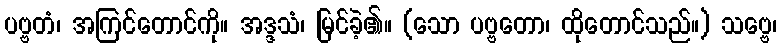
ပဗ္ဗတံ၊ အကြင်တောင်ကို။ အဒ္ဒသံ၊ မြင်ခဲ့၏။ (သော ပဗ္ဗတော၊ ထိုတောင်သည်။) သဗ္ဗေ၊